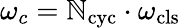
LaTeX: \omega_{c}=\mathbb{N}_{\mathrm{{cyc}}}\cdot\omega_{\mathrm{{cls}}}